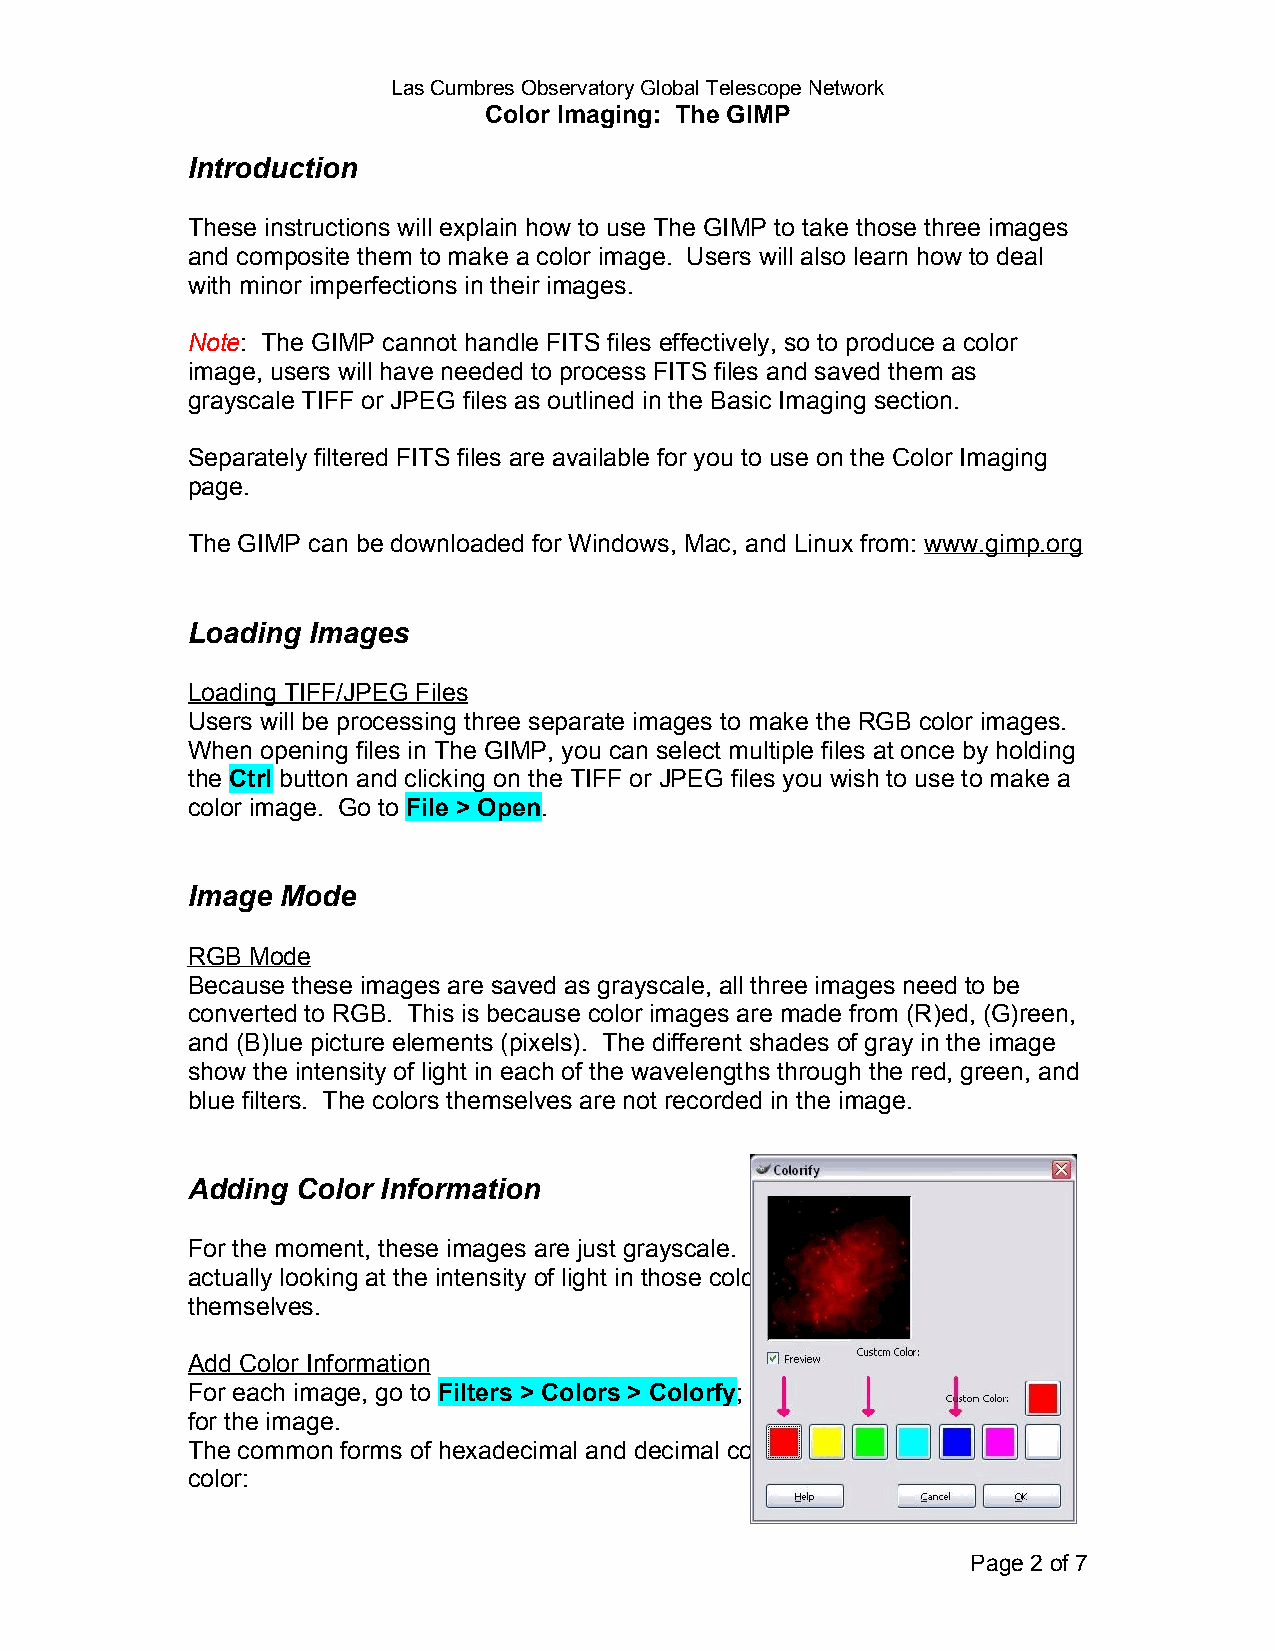
Las Cumbres Observatory Global Telescope Network
 Color Imaging: The GIMP
 Introduction
 These instructions will explain how to use The GIMP to take those three images
 and composite them to make a color image. Users will also learn how to deal
 with minor imperfections in their images.
 Note: The GIMP cannot handle FITS files effectively, so to produce a color
 image, users will have needed to process FITS files and saved them as
 grayscale TIFF or JPEG files as outlined in the Basic Imaging section.
 Separately filtered FITS files are available for you to use on the Color Imaging
 page.
 The GIMP can be downloaded for Windows, Mac, and Linux from: www.gimp.org
 Loading Images
 Loading TIFF/JPEG Files
 Users will be processing three separate images to make the RGB color images.
 When opening files in The GIMP, you can select multiple files at once by holding
 the Ctrl button and clicking on the TIFF or JPEG files you wish to use to make a
 color image. Go to File > Open.
 Image  Mode
 RGB Mode
 Because these images are saved as grayscale, all three images need to be
 converted to RGB. This is because color images are made from (R)ed, (G)reen,
 and (B)lue picture elements (pixels). The different shades of gray in the image
 show the intensity of light in each of the wavelengths through the red, green, and
 blue filters. The colors themselves are not recorded in the image.
 Adding  Color Information
 For the moment, these images are just grayscale. This is because you are
 actually looking at the intensity of light in those colors and not the colors
 themselves.
 Add Color Information
 For each image, go to Filters > Colors > Colorfy; then select the relevant color
 for the image.
 The common forms of hexadecimal and decimal codes are as follows for each
 color:
 Page 2 of 7